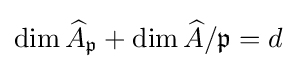
\dim {\widehat {A}}_{\mathfrak {p}}+\dim {\widehat {A}}/{\mathfrak {p}}=d